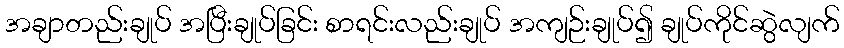
အချာတည်းချုပ် အပြီးချုပ်ခြင်း စာရင်းလည်းချုပ် အကျဉ်းချုပ်၍ ချုပ်ကိုင်ဆွဲလျက်